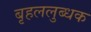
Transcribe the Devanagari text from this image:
बृहललुब्धक